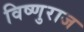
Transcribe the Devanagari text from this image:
विष्णुराज